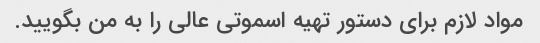
مواد لازم برای دستور تهیه اسموتی عالی را به من بگویید.